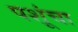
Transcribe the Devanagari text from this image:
पशूंचा